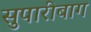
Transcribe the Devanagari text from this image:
सुपारीबाग